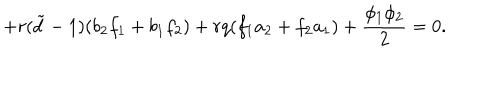
+ r ( { \tilde { d } } - 1 ) ( b _ { 2 } f _ { 1 } + b _ { 1 } f _ { 2 } ) + r q ( f _ { 1 } a _ { 2 } + f _ { 2 } a _ { 1 } ) + \frac { \phi _ { 1 } \phi _ { 2 } } { 2 } = 0 .